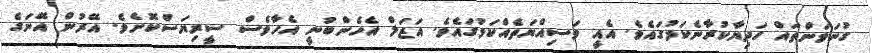
ގުނަވަންތައް ހަދިޔާކުރާނެކަމުގައެވެ. އެއީ ވަސިއްޔަތެއްކަމުގައެވެ. އަޒަލް އެހެންބުނީ އެހާވެސް ސީރިޔަސްކޮށެވެ. އޭރުން އޭނަގެ